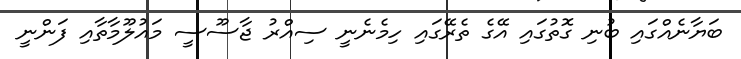
ބަޔާނެއްގައި ބުނި ގޮތުގައި އޭގެ ތެރޭގައި ހިމެނެނީ ސިއްރު ޖާސޫސީ މައުލޫމާތާއި ފަންނީ